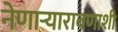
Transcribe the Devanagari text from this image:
नेणाऱ्यारावणाशी